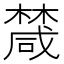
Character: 𣜕